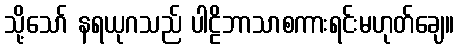
သို့သော် နရယုဂသည် ပါဠိဘာသာစကားရင်းမဟုတ်ချေ။